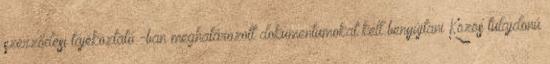
szerződési tájékoztató -ban meghatározott dokumentumokat kell benyújtani Közös tulajdonú